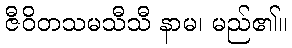
ဇီဝိတသမသီသီ နာမ၊ မည်၏။